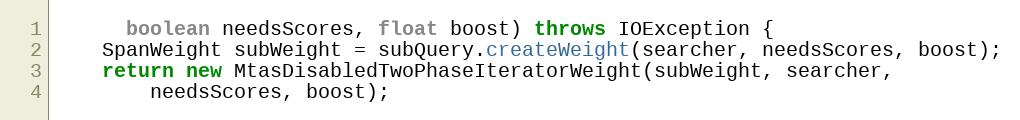
Language: Java
      boolean needsScores, float boost) throws IOException {
    SpanWeight subWeight = subQuery.createWeight(searcher, needsScores, boost);
    return new MtasDisabledTwoPhaseIteratorWeight(subWeight, searcher,
        needsScores, boost);